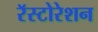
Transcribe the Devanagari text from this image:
रॅस्टोरेशन